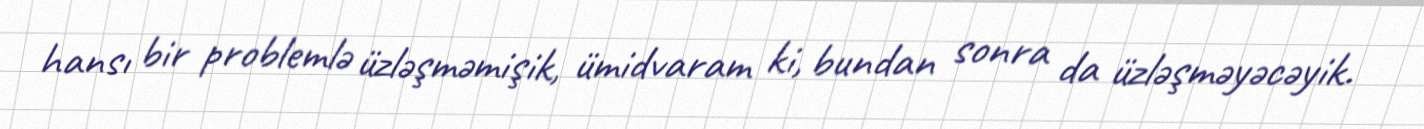
hansı bir problemlə üzləşməmişik, ümidvaram ki, bundan sonra da üzləşməyəcəyik.